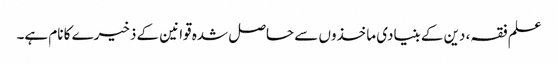
علم فقہ، دین کے بنیادی ماخذوں سے حاصل شدہ قوانین کے ذخیرے کا نام ہے۔